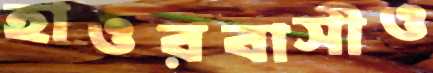
হাওরবাসীও